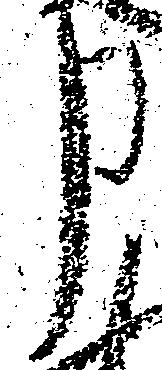
申